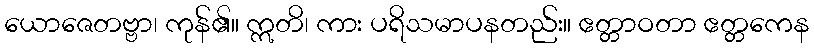
ယောဇေတဗ္ဗာ၊ ကုန်၏။ ဣတိ၊ ကား ပရိသမာပနတည်း။ ဧတ္တာဝတာ ဧတ္တကေန